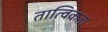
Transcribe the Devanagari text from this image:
तात्विकता